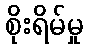
စိုးရိမ်မှု